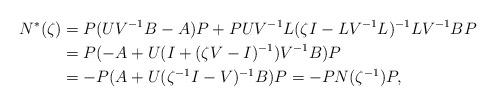
LaTeX: \begin{align*} N^{*}(\zeta)&=P(UV^{-1}B-A)P+PUV^{-1}L(\zeta I-LV^{-1}L)^{-1}LV^{-1}BP\\&=P(-A+U(I+(\zeta V-I)^{-1})V^{-1}B)P\\&=-P(A+U(\zeta^{-1}I-V)^{-1}B)P=-PN(\zeta^{-1})P,\end{align*}